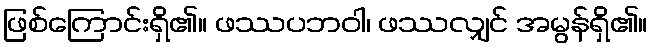
ဖြစ်ကြောင်းရှိ၏။ ဖဿပဘဝါ၊ ဖဿလျှင် အမွန်ရှိ၏။